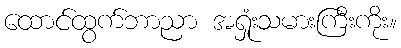
ထောင်ထွက်ဘာညာ အရှုံးသမားကြီးကိုး။